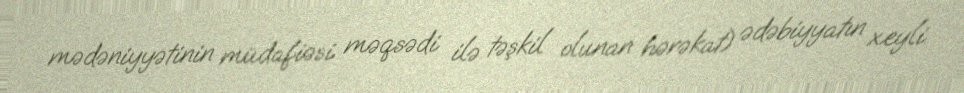
mədəniyyətinin müdafiəsi məqsədi ilə təşkil olunan hərəkat) ədəbiyyatın xeyli